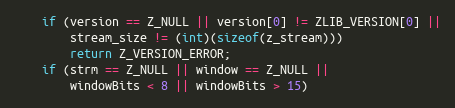
Language: C
    if (version == Z_NULL || version[0] != ZLIB_VERSION[0] ||
        stream_size != (int)(sizeof(z_stream)))
        return Z_VERSION_ERROR;
    if (strm == Z_NULL || window == Z_NULL ||
        windowBits < 8 || windowBits > 15)